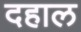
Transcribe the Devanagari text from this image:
दहाल